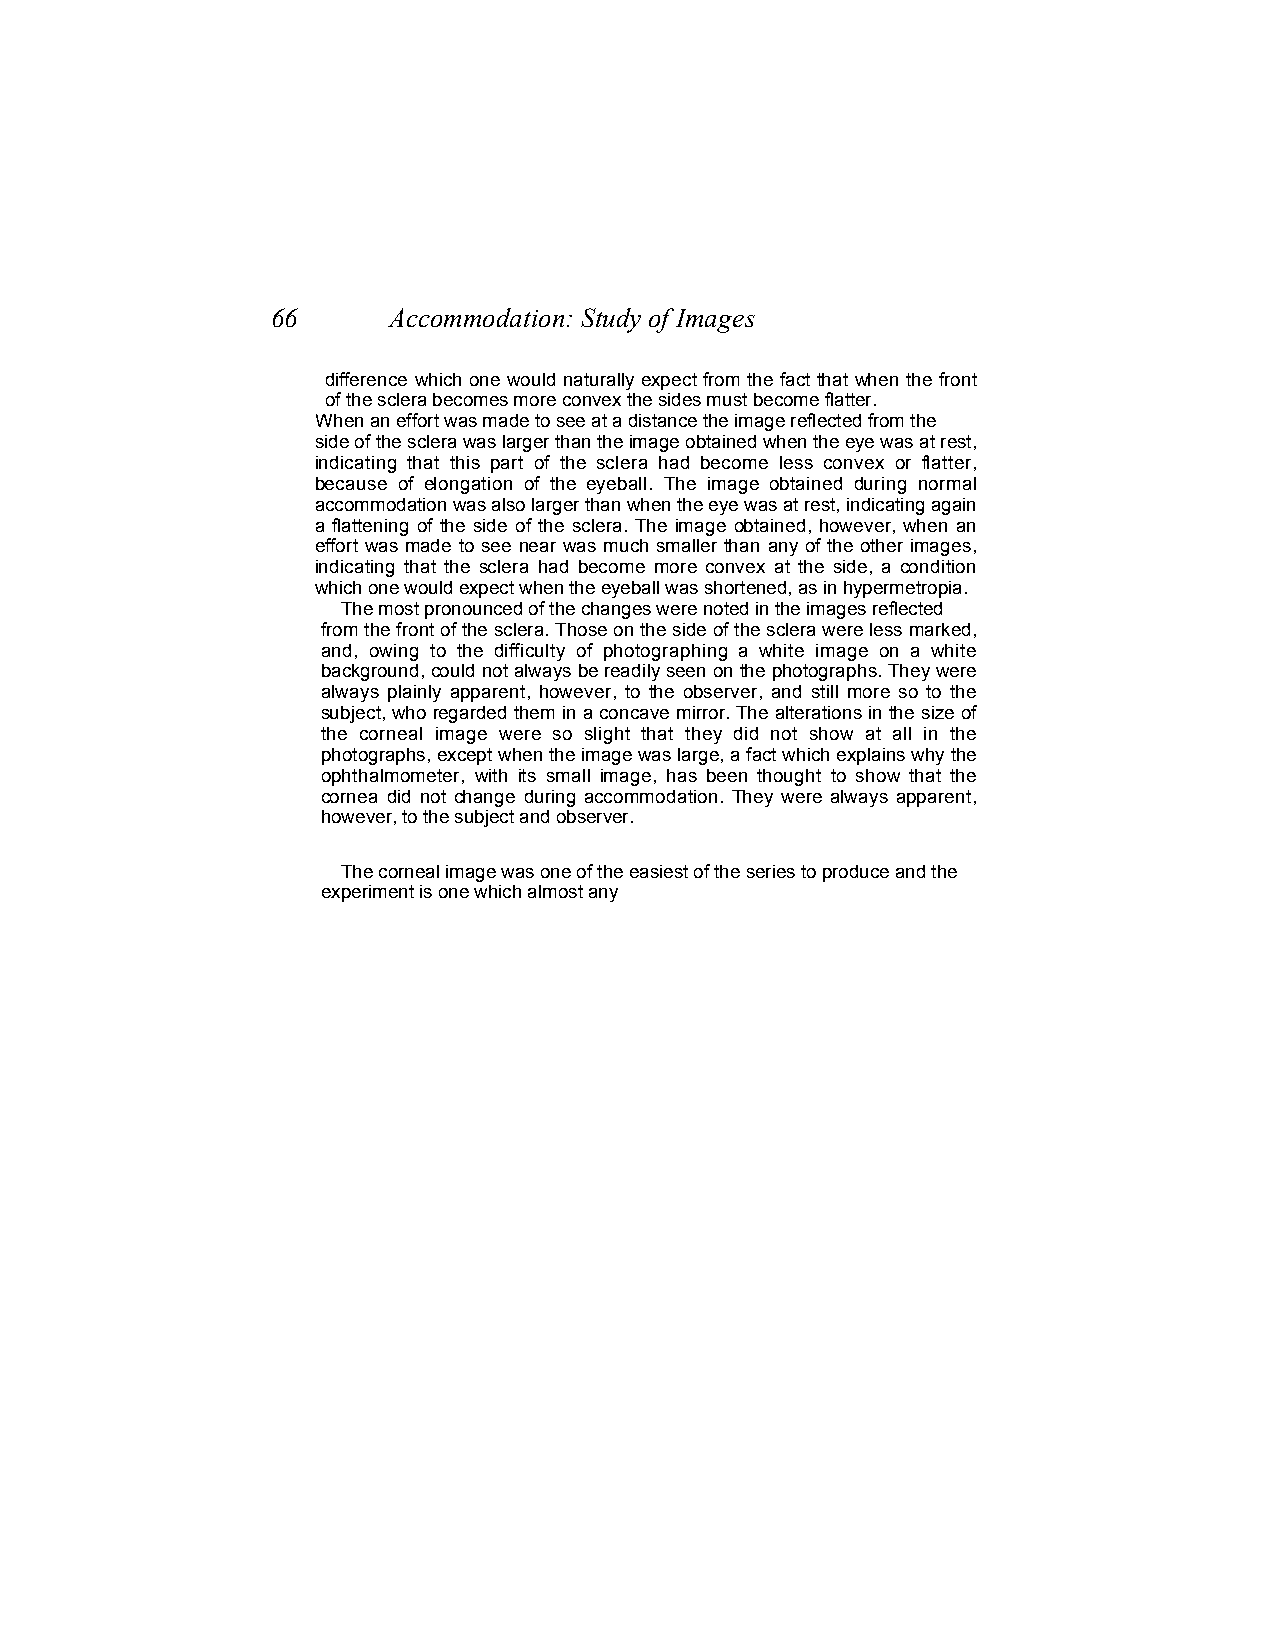
66      Accommodation: Study of Images
 difference which one would naturally expect from the fact that when the front
 of the sclera becomes more convex the sides must become flatter.
 When an effort was made to see at a distance the image reflected from the
 side of the sclera was larger than the image obtained when the eye was at rest,
 indicating that this part of the sclera had become less convex or flatter,
 because of elongation of the eyeball. The image obtained during normal
 accommodation was also larger than when the eye was at rest, indicating again
 a flattening of the side of the sclera. The image obtained, however, when an
 effort was made to see near was much smaller than any of the other images,
 indicating that the sclera had become more convex at the side, a condition
 which one would expect when the eyeball was shortened, as in hypermetropia.
 The most pronounced of the changes were noted in the images reflected
 from the front of the sclera. Those on the side of the sclera were less marked,
 and, owing to the difficulty of photographing a white image on a white
 background, could not always be readily seen on the photographs. They were
 always plainly apparent, however, to the observer, and still more so to the
 subject, who regarded them in a concave mirror. The alterations in the size of
 the corneal image were so slight that they did not show at all in the
 photographs, except when the image was large, a fact which explains why the
 ophthalmometer, with its small image, has been thought to show that the
 cornea did not change during accommodation. They were always apparent,
 however, to the subject and observer.
 The corneal image was one of the easiest of the series to produce and the
 experiment is one which almost any